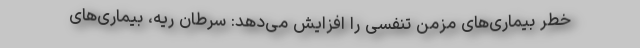
خطر بیماری‌های مزمن تنفسی را افزایش می‌دهد: سرطان ریه، بیماری‌های